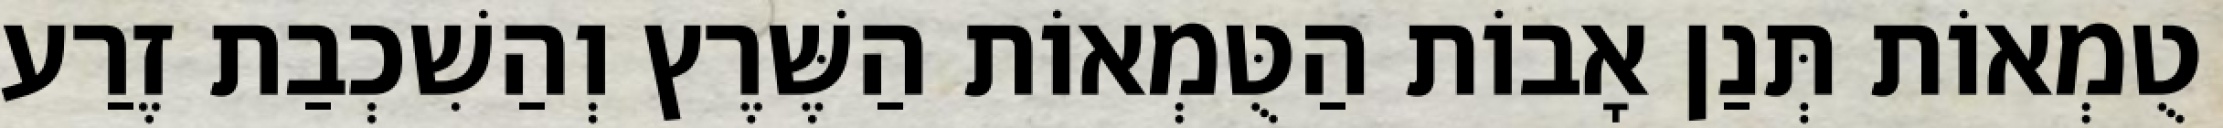
טֻמְאוֹת תְּנַן אָבוֹת הַטֻּמְאוֹת הַשֶּׁרֶץ וְהַשִׁכְבַת זֶרַע